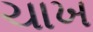
ચાખ